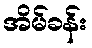
အိမ်ခန်း